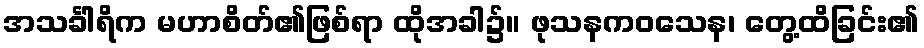
အသင်္ခါရိက မဟာစိတ်၏ဖြစ်ရာ ထိုအခါ၌။ ဖုသနကဝသေန၊ တွေ့ထိခြင်း၏